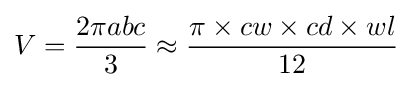
V={\frac {2\pi abc}{3}}\approx {\frac {\pi \times cw\times cd\times wl}{12}}